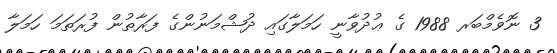
3 ނޮވެމްބަރ 1988 ގެ ޢުދުވާނީ ހަމަލާގައި ދުޝްމަނުންގެ ފަރާތުން ފުރަތަމަ ހަމަލާ